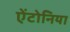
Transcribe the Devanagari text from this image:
ऐंटोनिया